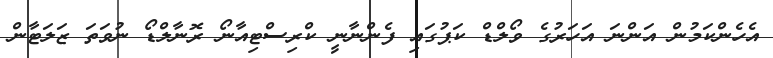
އެހެންކަމުން އަންނަ އަހަރުގެ ވޯލްޑް ކަޕުގައި ފެންނާނީ ކްރިސްޓިއާނޯ ރޮނާލްޑޯ ނުވަތަ ޒަލަޓާން